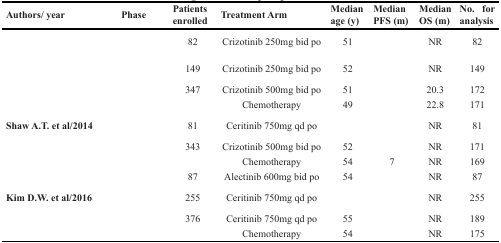
<table><thead><tr><td><b>Authors/year</b></td><td><b>Phase</b></td><td><b>Patients enrolled</b></td><td><b>Treatment Arm</b></td><td><b>Median age (y)</b></td><td><b>Median PFS (m)</b></td><td><b>Median OS (m)</b></td><td><b>No. for analysis</b></td></tr></thead><tbody><tr><td>[EMPTY_CELL]</td><td>[EMPTY_CELL]</td><td>82</td><td>Crizotinib 250mg bid po</td><td>51</td><td>[EMPTY_CELL]</td><td>NR</td><td>82</td></tr><tr><td>[EMPTY_CELL]</td><td>[EMPTY_CELL]</td><td>149</td><td>Crizotinib 250mg bid po</td><td>52</td><td>[EMPTY_CELL]</td><td>NR</td><td>149</td></tr><tr><td>[EMPTY_CELL]</td><td>[EMPTY_CELL]</td><td>347</td><td>Crizotinib 500mg bid po</td><td>51</td><td>[EMPTY_CELL]</td><td>20.3</td><td>172</td></tr><tr><td>[EMPTY_CELL]</td><td>[EMPTY_CELL]</td><td>[EMPTY_CELL]</td><td>Chemotherapy</td><td>49</td><td>[EMPTY_CELL]</td><td>22.8</td><td>171</td></tr><tr><td><b>Shaw A.T. et al/2014</b></td><td>[EMPTY_CELL]</td><td>81</td><td>Ceritinib 750mg qd po</td><td>[EMPTY_CELL]</td><td>[EMPTY_CELL]</td><td>NR</td><td>81</td></tr><tr><td>[EMPTY_CELL]</td><td>[EMPTY_CELL]</td><td>343</td><td>Crizotinib 500mg bid po</td><td>52</td><td>[EMPTY_CELL]</td><td>NR</td><td>171</td></tr><tr><td>[EMPTY_CELL]</td><td>[EMPTY_CELL]</td><td>[EMPTY_CELL]</td><td>Chemotherapy</td><td>54</td><td>7</td><td>NR</td><td>169</td></tr><tr><td>[EMPTY_CELL]</td><td>[EMPTY_CELL]</td><td>87</td><td>Alectinib 600mg bid po</td><td>54</td><td>[EMPTY_CELL]</td><td>NR</td><td>87</td></tr><tr><td><b>Kim D.W. et al/2016</b></td><td>[EMPTY_CELL]</td><td>255</td><td>Ceritinib 750mg qd po</td><td>[EMPTY_CELL]</td><td>[EMPTY_CELL]</td><td>NR</td><td>255</td></tr><tr><td>[EMPTY_CELL]</td><td>[EMPTY_CELL]</td><td>376</td><td>Ceritinib 750mg qd po</td><td>55</td><td>[EMPTY_CELL]</td><td>NR</td><td>189</td></tr><tr><td>[EMPTY_CELL]</td><td>[EMPTY_CELL]</td><td>[EMPTY_CELL]</td><td>Chemotherapy</td><td>54</td><td>[EMPTY_CELL]</td><td>NR</td><td>175</td></tr></tbody></table>